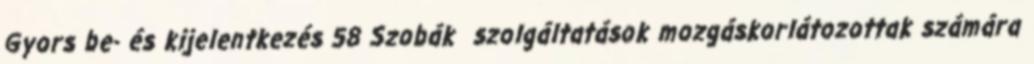
Gyors be- és kijelentkezés 58 Szobák szolgáltatások mozgáskorlátozottak számára